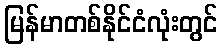
မြန်မာတစ်နိုင်ငံလုံးတွင်